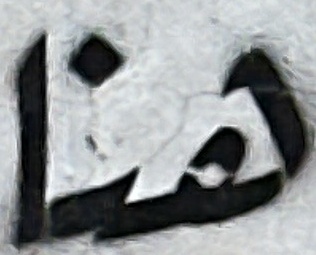
هنا